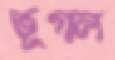
ভূগল